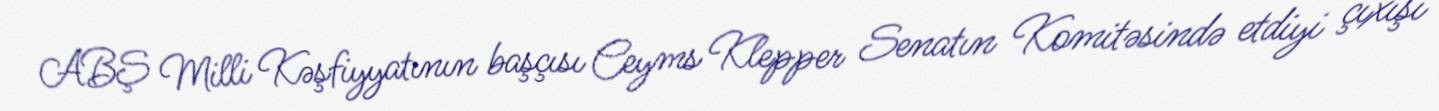
ABŞ Milli Kəşfiyyatının başçısı Ceyms Klepper Senatın Komitəsində etdiyi çıxışı